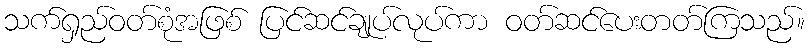
သက်ရှည်ဝတ်စုံအဖြစ် ပြင်ဆင်ချုပ်လုပ်ကာ ဝတ်ဆင်ပေးတတ်ကြသည်။